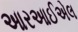
આરઆઈએલ